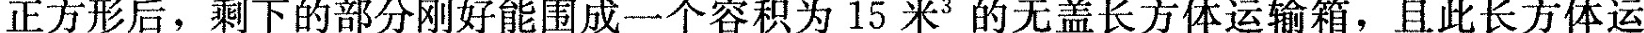
正方形后，剩下的部分刚好能围成一个容积为15米3的无盖长方体运